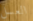
العسل